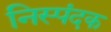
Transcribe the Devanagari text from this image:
निस्पंदक